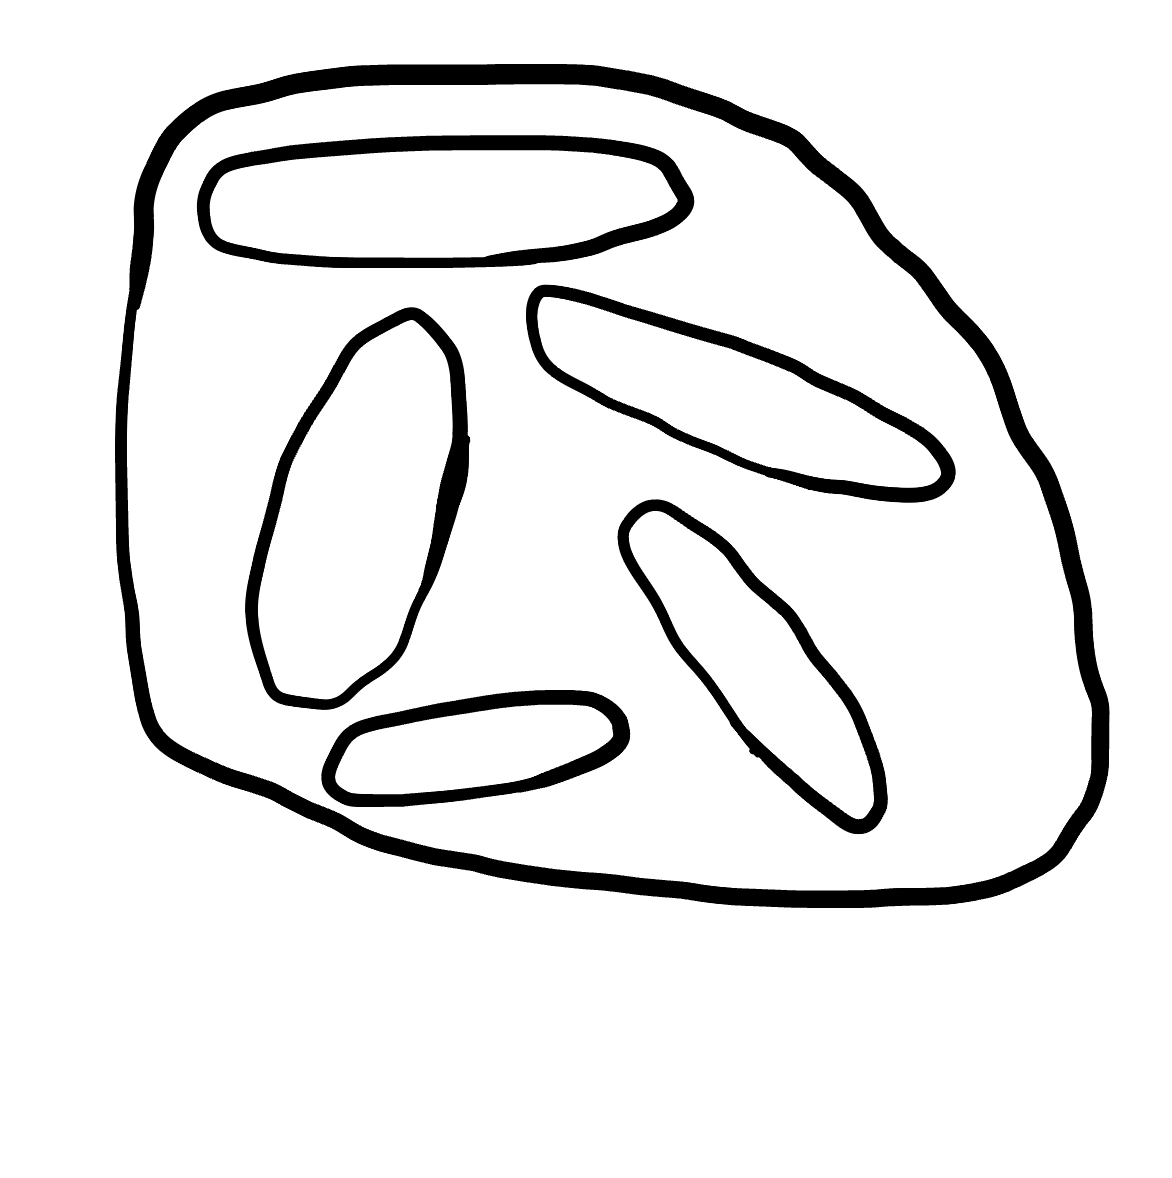
Number of regions (including the outer root region): 7
Containment tree edges (parent, child): 0, 1, 1, 2, 1, 3, 1, 4, 1, 5, 1, 6